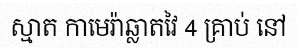
ស្មាត កាមេរ៉ាឆ្លាតវៃ 4 គ្រាប់ នៅ